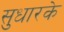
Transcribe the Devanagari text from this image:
सुधारके